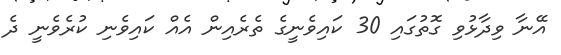
އޭނާ ވިދާޅުވި ގޮތުގައި 30 ކައިވެނީގެ ތެރެއިން އެއް ކައިވެނި ކުރެވެނީ ދެ